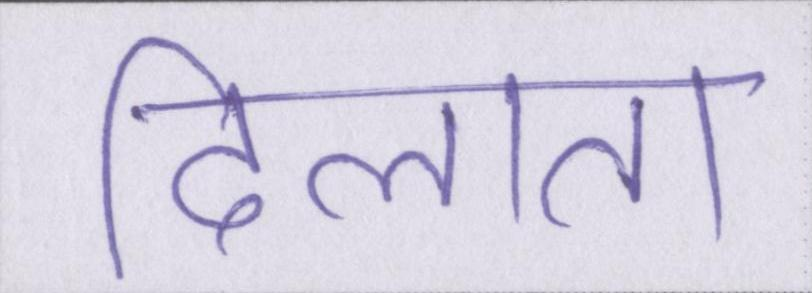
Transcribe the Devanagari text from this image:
दिलाता